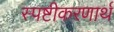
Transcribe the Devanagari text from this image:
स्पष्टीकरणार्थ